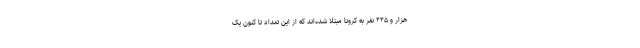
هزار و ۴۴۵ نفر به کرونا مبتلا شده‌اند که از این تعداد تا کنون یک